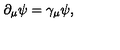
\partial _ { \mu } \psi = \gamma _ { \mu } \psi ,